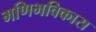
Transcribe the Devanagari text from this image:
मणिभविकास